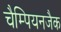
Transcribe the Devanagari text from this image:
चैम्पियनजैक